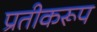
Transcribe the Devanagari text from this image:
प्रतीकरूप